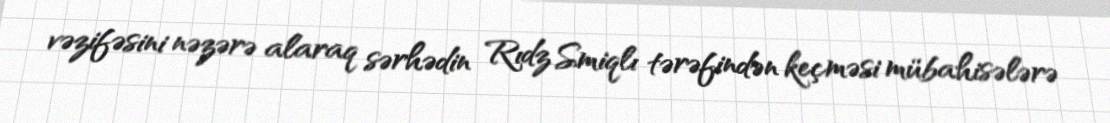
vəzifəsini nəzərə alaraq sərhədin Rıdz Smiqlı tərəfindən keçməsi mübahisələrə